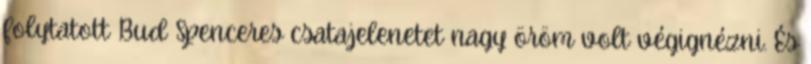
folytatott Bud Spenceres csatajelenetet nagy öröm volt végignézni. És